Annual report on the health of the army in India
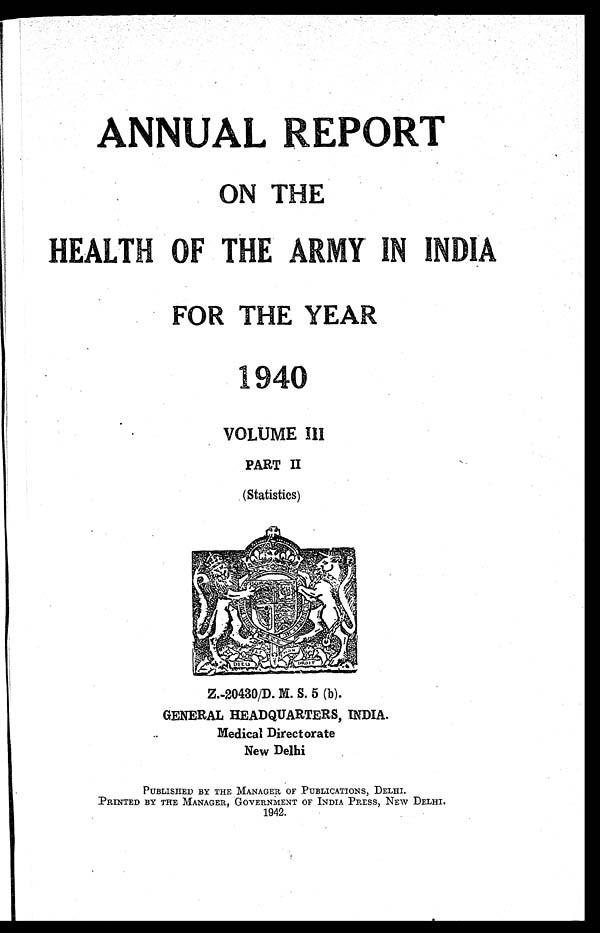
ANNUAL REPORT
ON THE
HEALTH OF THE ARMY IN INDIA
FOR THE YEAR
1940
•
VOLUME III
PART II
(Statistics)
Z.-20430/D. M. S. 5 (b).
GENERAL HEADQUARTERS, INDIA.
Medical Directorate
New Delhi
PUBLISHED BY THE MANAGER OF PUBLICATIONS, DELHI.
PRINTED BY THE MANAGER, GOVERNMENT OF INDIA PRESS, NEW DELHI.
1942.